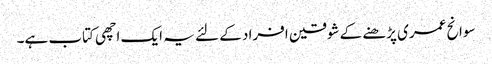
سوانح عمری پڑھنے کے شوقین افراد کے لئے یہ ایک اچھی کتاب ہے۔